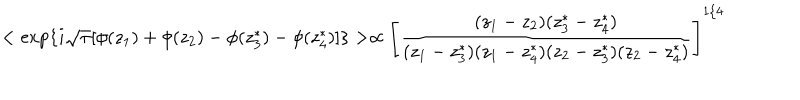
< \exp \{ i \sqrt { \pi } [ \phi ( z _ { 1 } ) + \phi ( z _ { 2 } ) - \phi ( z _ { 3 } ^ { * } ) - \phi ( z _ { 4 } ^ { * } ) ] \} > \propto \left[ { \frac { ( z _ { 1 } - z _ { 2 } ) ( z _ { 3 } ^ { * } - z _ { 4 } ^ { * } ) } { ( z _ { 1 } - z _ { 3 } ^ { * } ) ( z _ { 1 } - z _ { 4 } ^ { * } ) ( z _ { 2 } - z _ { 3 } ^ { * } ) ( z _ { 2 } - z _ { 4 } ^ { * } ) } } \right] ^ { 1 / 4 }